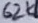
Text: 62K